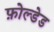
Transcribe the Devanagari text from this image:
फ़ोल्डेड